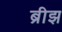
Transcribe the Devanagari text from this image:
ब्रीझ